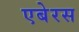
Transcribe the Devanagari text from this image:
एबेरस